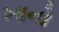
ખાનો